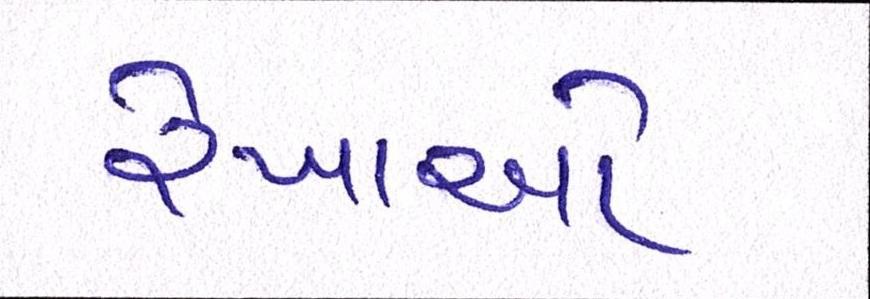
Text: રેખાઓ